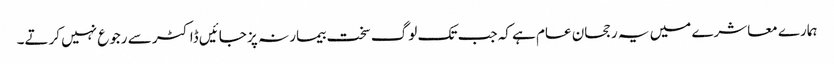
ہمارے معاشرے میں یہ رجحان عام ہے کہ جب تک لوگ سخت بیمار نہ پز جائیں ڈاکٹر سے رجوع نہیں کرتے۔